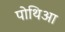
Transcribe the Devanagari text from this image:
पोथिआ